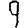
Digit: 9